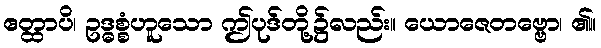
ဧတ္ထာပိ၊ ဥဒ္ဓစ္စံဟူသော ဤပုဒ်တို့၌လည်း။ ယောဇေတဗ္ဗော၊ ၏။